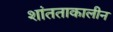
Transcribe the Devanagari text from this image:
शांतताकालीन